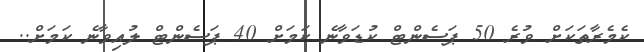
ކެމެރާތަކަށް ވުރެ 50 ޕަސެންޓް ކުޑަވާނެ ކަމަށް 40 ޕަސެންޓް ލުއިވާނެ ކަމަށް..